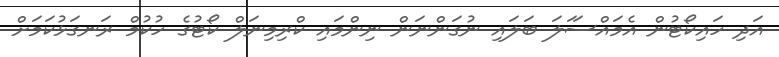
އަދި ހައިކޯޓުން އެމައްސަަލަ ބަލައި ނުގަންނަން ނިންމައި ކްރިމިނަލް ކޯޓުގެ ހުކުމް ރަނގަޅުކަމަށް